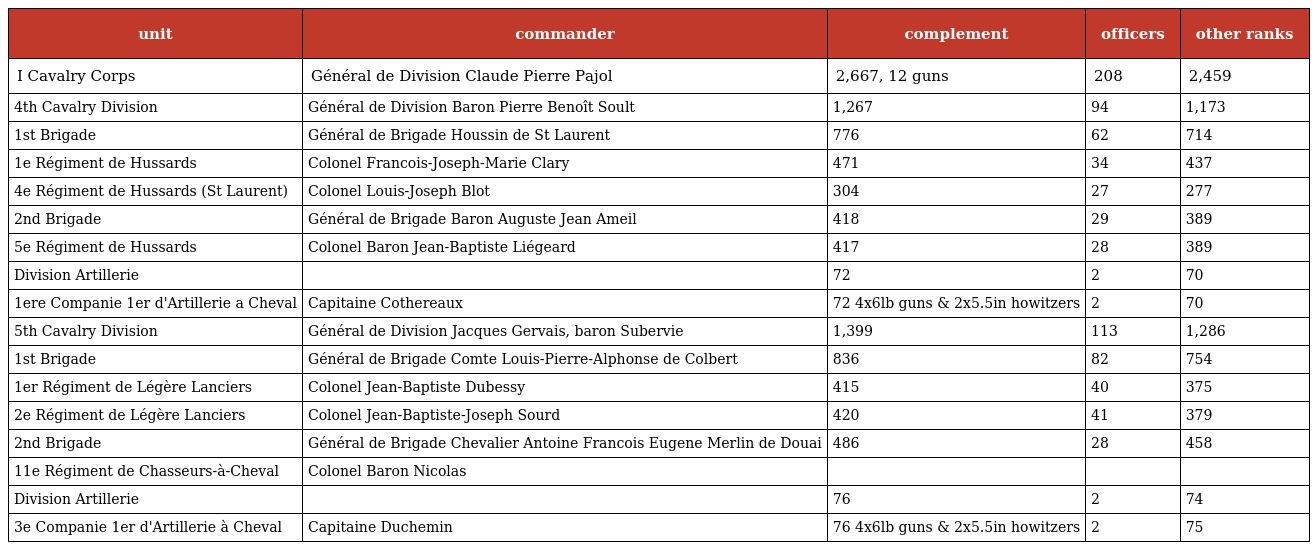
| unit | commander | complement | officers | other ranks |
 | --- | --- | --- | --- | --- |
 | I Cavalry Corps | Général de Division Claude Pierre Pajol | 2,667, 12 guns | 208 | 2,459 |
 | 4th Cavalry Division | Général de Division Baron Pierre Benoît Soult | 1,267 | 94 | 1,173 |
 | 1st Brigade | Général de Brigade Houssin de St Laurent | 776 | 62 | 714 |
 | 1e Régiment de Hussards | Colonel Francois-Joseph-Marie Clary | 471 | 34 | 437 |
 | 4e Régiment de Hussards (St Laurent) | Colonel Louis-Joseph Blot | 304 | 27 | 277 |
 | 2nd Brigade | Général de Brigade Baron Auguste Jean Ameil | 418 | 29 | 389 |
 | 5e Régiment de Hussards | Colonel Baron Jean-Baptiste Liégeard | 417 | 28 | 389 |
 | Division Artillerie |  | 72 | 2 | 70 |
 | 1ere Companie 1er d'Artillerie a Cheval | Capitaine Cothereaux | 72 4x6lb guns & 2x5.5in howitzers | 2 | 70 |
 | 5th Cavalry Division | Général de Division Jacques Gervais, baron Subervie | 1,399 | 113 | 1,286 |
 | 1st Brigade | Général de Brigade Comte Louis-Pierre-Alphonse de Colbert | 836 | 82 | 754 |
 | 1er Régiment de Légère Lanciers | Colonel Jean-Baptiste Dubessy | 415 | 40 | 375 |
 | 2e Régiment de Légère Lanciers | Colonel Jean-Baptiste-Joseph Sourd | 420 | 41 | 379 |
 | 2nd Brigade | Général de Brigade Chevalier Antoine Francois Eugene Merlin de Douai | 486 | 28 | 458 |
 | 11e Régiment de Chasseurs-à-Cheval | Colonel Baron Nicolas |  |  |  |
 | Division Artillerie |  | 76 | 2 | 74 |
 | 3e Companie 1er d'Artillerie à Cheval | Capitaine Duchemin | 76 4x6lb guns & 2x5.5in howitzers | 2 | 75 |